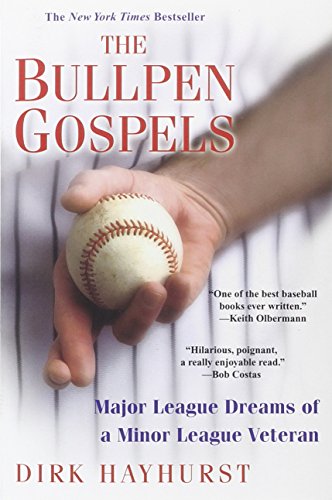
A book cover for The Bullpen Gospels: A Non-Prospect's Pursuit of the Major Leagues and the Meaning of Life; Dirk Hayhurst; Biographies & Memoirs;